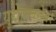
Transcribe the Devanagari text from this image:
युरोपाबरोबर